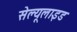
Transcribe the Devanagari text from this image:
सेल्यूलाइड